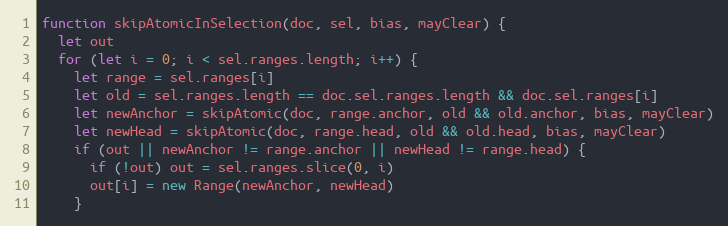
Language: JavaScript
function skipAtomicInSelection(doc, sel, bias, mayClear) {
  let out
  for (let i = 0; i < sel.ranges.length; i++) {
    let range = sel.ranges[i]
    let old = sel.ranges.length == doc.sel.ranges.length && doc.sel.ranges[i]
    let newAnchor = skipAtomic(doc, range.anchor, old && old.anchor, bias, mayClear)
    let newHead = skipAtomic(doc, range.head, old && old.head, bias, mayClear)
    if (out || newAnchor != range.anchor || newHead != range.head) {
      if (!out) out = sel.ranges.slice(0, i)
      out[i] = new Range(newAnchor, newHead)
    }